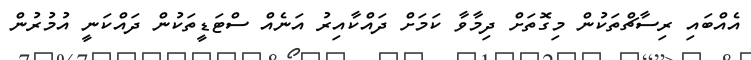
އެއްބައި ރިސާޗްތަކުން މިގޮތަށް ދިމާވާ ކަމަށް ދައްކާއިރު އަނެއް ސްޓަޑީތަކުން ދައްކަނީ އުމުރުން